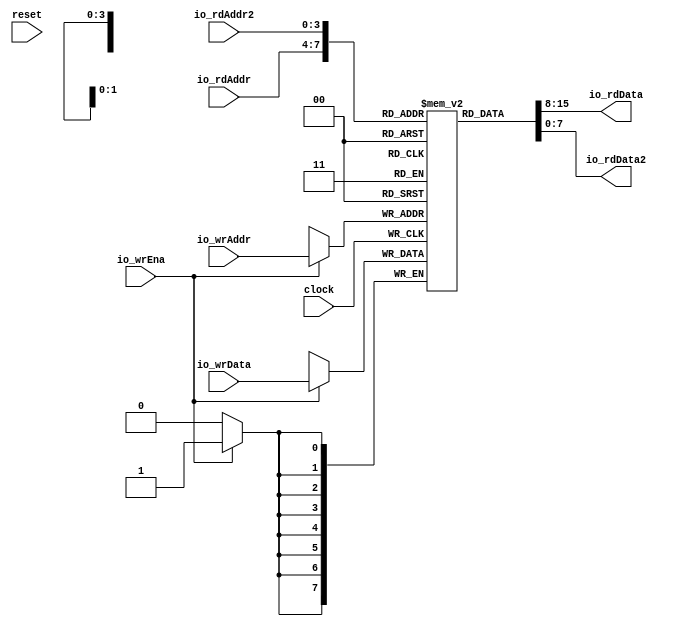
module Complex2R1WCMem(
  input        clock,
  input        reset,
  input  [3:0] io_rdAddr,
  output [7:0] io_rdData,
  input  [3:0] io_rdAddr2,
  output [7:0] io_rdData2,
  input        io_wrEna,
  input  [7:0] io_wrData,
  input  [3:0] io_wrAddr
);
`ifdef RANDOMIZE_MEM_INIT
  reg [31:0] _RAND_0;
`endif // RANDOMIZE_MEM_INIT
  reg [7:0] mem [0:15]; // @[Complex2R1WCMem.scala 21:24]
  wire  mem__T_21_en; // @[Complex2R1WCMem.scala 21:24]
  wire [3:0] mem__T_21_addr; // @[Complex2R1WCMem.scala 21:24]
  wire [7:0] mem__T_21_data; // @[Complex2R1WCMem.scala 21:24]
  wire  mem__T_22_en; // @[Complex2R1WCMem.scala 21:24]
  wire [3:0] mem__T_22_addr; // @[Complex2R1WCMem.scala 21:24]
  wire [7:0] mem__T_22_data; // @[Complex2R1WCMem.scala 21:24]
  wire [7:0] mem__T_23_data; // @[Complex2R1WCMem.scala 21:24]
  wire [3:0] mem__T_23_addr; // @[Complex2R1WCMem.scala 21:24]
  wire  mem__T_23_mask; // @[Complex2R1WCMem.scala 21:24]
  wire  mem__T_23_en; // @[Complex2R1WCMem.scala 21:24]
  assign mem__T_21_en = 1'h1;
  assign mem__T_21_addr = io_rdAddr;
  assign mem__T_21_data = mem[mem__T_21_addr]; // @[Complex2R1WCMem.scala 21:24]
  assign mem__T_22_en = 1'h1;
  assign mem__T_22_addr = io_rdAddr2;
  assign mem__T_22_data = mem[mem__T_22_addr]; // @[Complex2R1WCMem.scala 21:24]
  assign mem__T_23_data = io_wrData;
  assign mem__T_23_addr = io_wrAddr;
  assign mem__T_23_mask = 1'h1;
  assign mem__T_23_en = io_wrEna;
  assign io_rdData = mem__T_21_data; // @[Complex2R1WCMem.scala 49:13]
  assign io_rdData2 = mem__T_22_data; // @[Complex2R1WCMem.scala 50:14]
  always @(posedge clock) begin
    if (mem__T_23_en & mem__T_23_mask) begin
      mem[mem__T_23_addr] <= mem__T_23_data; // @[Complex2R1WCMem.scala 21:24]
    end
  end
// Register and memory initialization
`ifdef RANDOMIZE_GARBAGE_ASSIGN
`define RANDOMIZE
`endif
`ifdef RANDOMIZE_INVALID_ASSIGN
`define RANDOMIZE
`endif
`ifdef RANDOMIZE_REG_INIT
`define RANDOMIZE
`endif
`ifdef RANDOMIZE_MEM_INIT
`define RANDOMIZE
`endif
`ifndef RANDOM
`define RANDOM $random
`endif
`ifdef RANDOMIZE_MEM_INIT
  integer initvar;
`endif
`ifndef SYNTHESIS
`ifdef FIRRTL_BEFORE_INITIAL
`FIRRTL_BEFORE_INITIAL
`endif
initial begin
  `ifdef RANDOMIZE
    `ifdef INIT_RANDOM
      `INIT_RANDOM
    `endif
    `ifndef VERILATOR
      `ifdef RANDOMIZE_DELAY
        #`RANDOMIZE_DELAY begin end
      `else
        #0.002 begin end
      `endif
    `endif
`ifdef RANDOMIZE_MEM_INIT
  _RAND_0 = {1{`RANDOM}};
  for (initvar = 0; initvar < 16; initvar = initvar+1)
    mem[initvar] = _RAND_0[7:0];
`endif // RANDOMIZE_MEM_INIT
  `endif // RANDOMIZE
end // initial
`ifdef FIRRTL_AFTER_INITIAL
`FIRRTL_AFTER_INITIAL
`endif
`endif // SYNTHESIS
endmodule